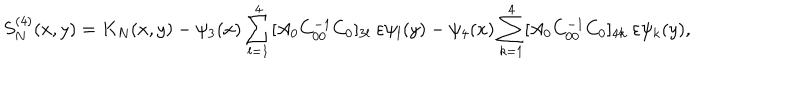
LaTeX: S _ { N } ^ { ( 4 ) } ( x , y ) = K _ { N } ( x , y ) - \psi _ { 3 } ( x ) \sum _ { l = 1 } ^ { 4 } [ A _ { 0 } C _ { 0 0 } ^ { - 1 } C _ { 0 } ] _ { 3 l } \ \varepsilon \psi _ { l } ( y ) - \psi _ { 4 } ( x ) \sum _ { k = 1 } ^ { 4 } [ A _ { 0 } C _ { 0 0 } ^ { - 1 } C _ { 0 } ] _ { 4 k } \ \varepsilon \psi _ { k } ( y ) ,